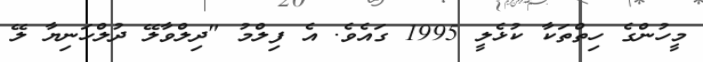
މީހުންގެ ހިތްތަކާ ކުޅެލީ 1995 ގައެވެ. އެ ފިލްމު "ދިލްވާލޭ ދުލްހަނިޔާ ލޭ